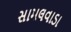
સામલવાડા